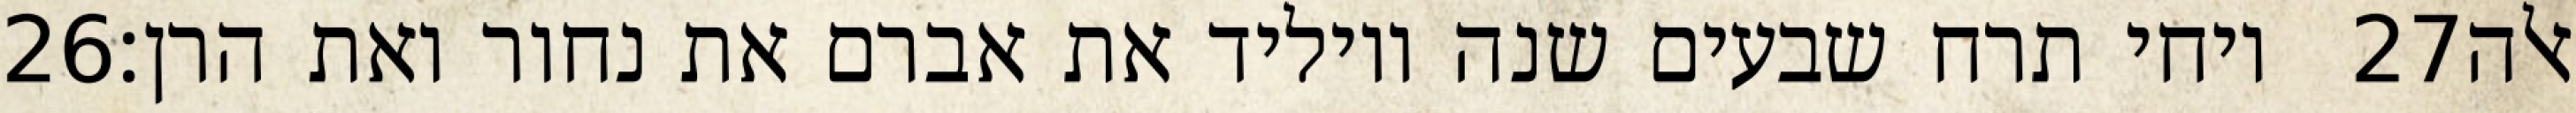
‎26‏ ויחי תרח שבעים שנה ויוליד את אברם את נחור ואת הרן׃ ‎27‏ אלה